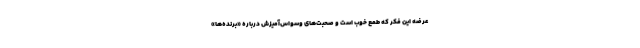
عرضهٔ این فکر که طمع خوب است و صحبت‌های وسواس‌آمیزش دربارهٔ «برنده‌ها»